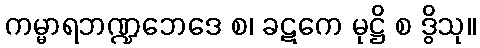
ကမ္မာရဘဏ္ဍဘေဒေ စ၊ ခဋကေ မုဋ္ဌိ စ ဒွိသု။